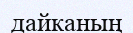
дайканың